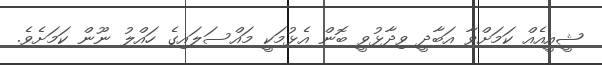
ޝީއީއެއް ކަމަށްވާ އަބާދީ ވިދާޅުވީ ބޮން އެޅުމަކީ މައްސަލައިގެ ހައްލު ނޫން ކަމަށެވެ.